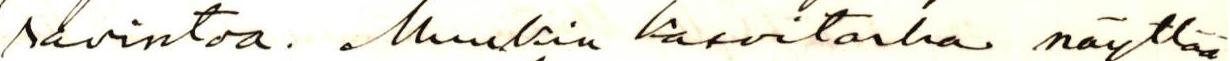
ravintoa. Muukin kasvitarha näyttää